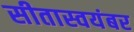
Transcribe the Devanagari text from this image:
सीतास्वयंबर